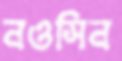
নওসিন